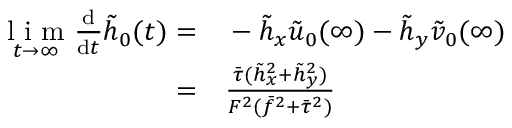
\begin{array} { r l } { \underset { t \rightarrow \infty } { \mathrm { ~ l ~ i ~ m ~ } } \frac { \mathrm { d } } { \mathrm { d } t } \tilde { h } _ { 0 } ( t ) = } & { { } - \tilde { h } _ { x } \tilde { u } _ { 0 } ( \infty ) - \tilde { h } _ { y } \tilde { v } _ { 0 } ( \infty ) } \\ { = } & { { } \frac { \bar { \tau } ( \tilde { h } _ { x } ^ { 2 } + \tilde { h } _ { y } ^ { 2 } ) } { F ^ { 2 } ( \bar { f } ^ { 2 } + \bar { \tau } ^ { 2 } ) } } \end{array}